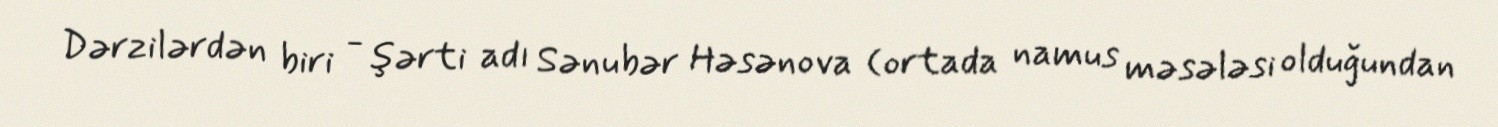
Dərzilərdən biri - şərti adı Sənubər Həsənova (ortada namus məsələsi olduğundan